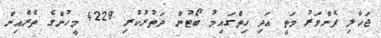
ޖަހާލި ފެންވަރު މަތީ އަދި ހިތްގައިމު ބޯޓުން ދަތުރުކުރި 4229 މީހުންގެ ތެރެއިން